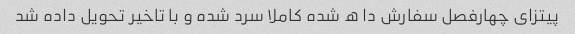
پیتزای چهارفصل سفارش دا ه شده کاملا سرد شده و با تاخیر تحویل داده شد